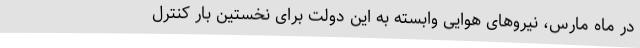
در ماه مارس، نیروهای هوایی وابسته به این دولت برای نخستین بار کنترل